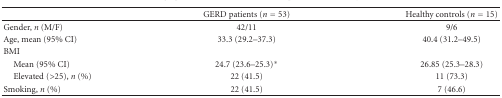
<table><thead><tr><td></td><td><b>GERD patients (<i>n</i> = 53)</b></td><td><b>Healthy controls (<i>n</i> = 15)</b></td></tr></thead><tbody><tr><td>Gender, <i>n</i> (M/F)</td><td>42/11</td><td>9/6</td></tr><tr><td>Age, mean (95% CI)</td><td>33.3 (29.2–37.3)</td><td>40.4 (31.2–49.5)</td></tr><tr><td>BMI</td><td></td><td></td></tr><tr><td> Mean (95% CI)</td><td>24.7 (23.6–25.3)*</td><td>26.85 (25.3–28.3)</td></tr><tr><td> Elevated (&gt;25), <i>n</i> (%)</td><td>22 (41.5)</td><td>11 (73.3)</td></tr><tr><td>Smoking, <i>n</i> (%)</td><td>22 (41.5)</td><td>7 (46.6)</td></tr></tbody></table>